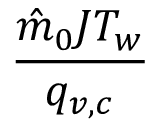
\frac { \hat { m } _ { 0 } J T _ { w } } { q _ { v , c } }